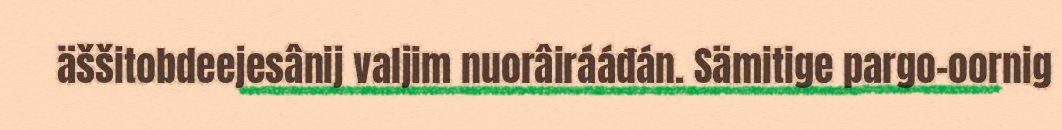
äššitobdeejesânij valjim nuorâirááđán. Sämitige pargo-oornig